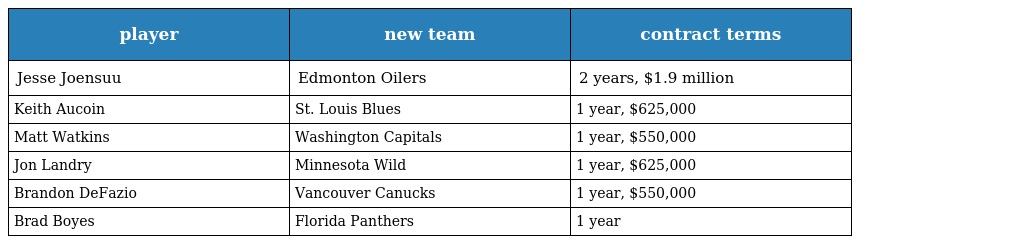
| player | new team | contract terms |
 | --- | --- | --- |
 | Jesse Joensuu | Edmonton Oilers | 2 years, $1.9 million |
 | Keith Aucoin | St. Louis Blues | 1 year, $625,000 |
 | Matt Watkins | Washington Capitals | 1 year, $550,000 |
 | Jon Landry | Minnesota Wild | 1 year, $625,000 |
 | Brandon DeFazio | Vancouver Canucks | 1 year, $550,000 |
 | Brad Boyes | Florida Panthers | 1 year |